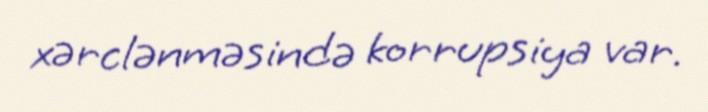
xərclənməsində korrupsiya var.